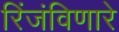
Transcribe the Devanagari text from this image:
रिंजंविणारे